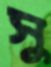
সু